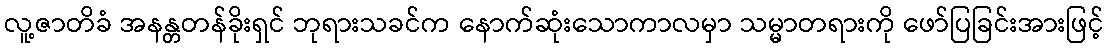
လူ့ဇာတိခံ အနန္တတန်ခိုးရှင် ဘုရားသခင်က နောက်ဆုံးသောကာလမှာ သမ္မာတရားကို ဖော်ပြခြင်းအားဖြင့်